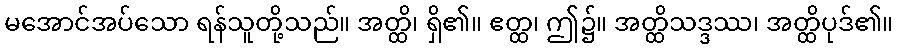
မအောင်အပ်သော ရန်သူတို့သည်။ အတ္ထိ၊ ရှိ၏။ ဧတ္ထ၊ ဤ၌။ အတ္ထိသဒ္ဒဿ၊ အတ္ထိပုဒ်၏။